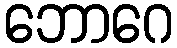
ဘောဂေ